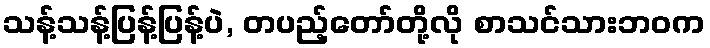
သန့်သန့်ပြန့်ပြန့်ပဲ, တပည့်တော်တို့လို စာသင်သားဘဝက